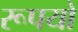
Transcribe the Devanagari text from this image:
रूपयो